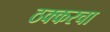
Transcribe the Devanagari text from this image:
ठक्करचा